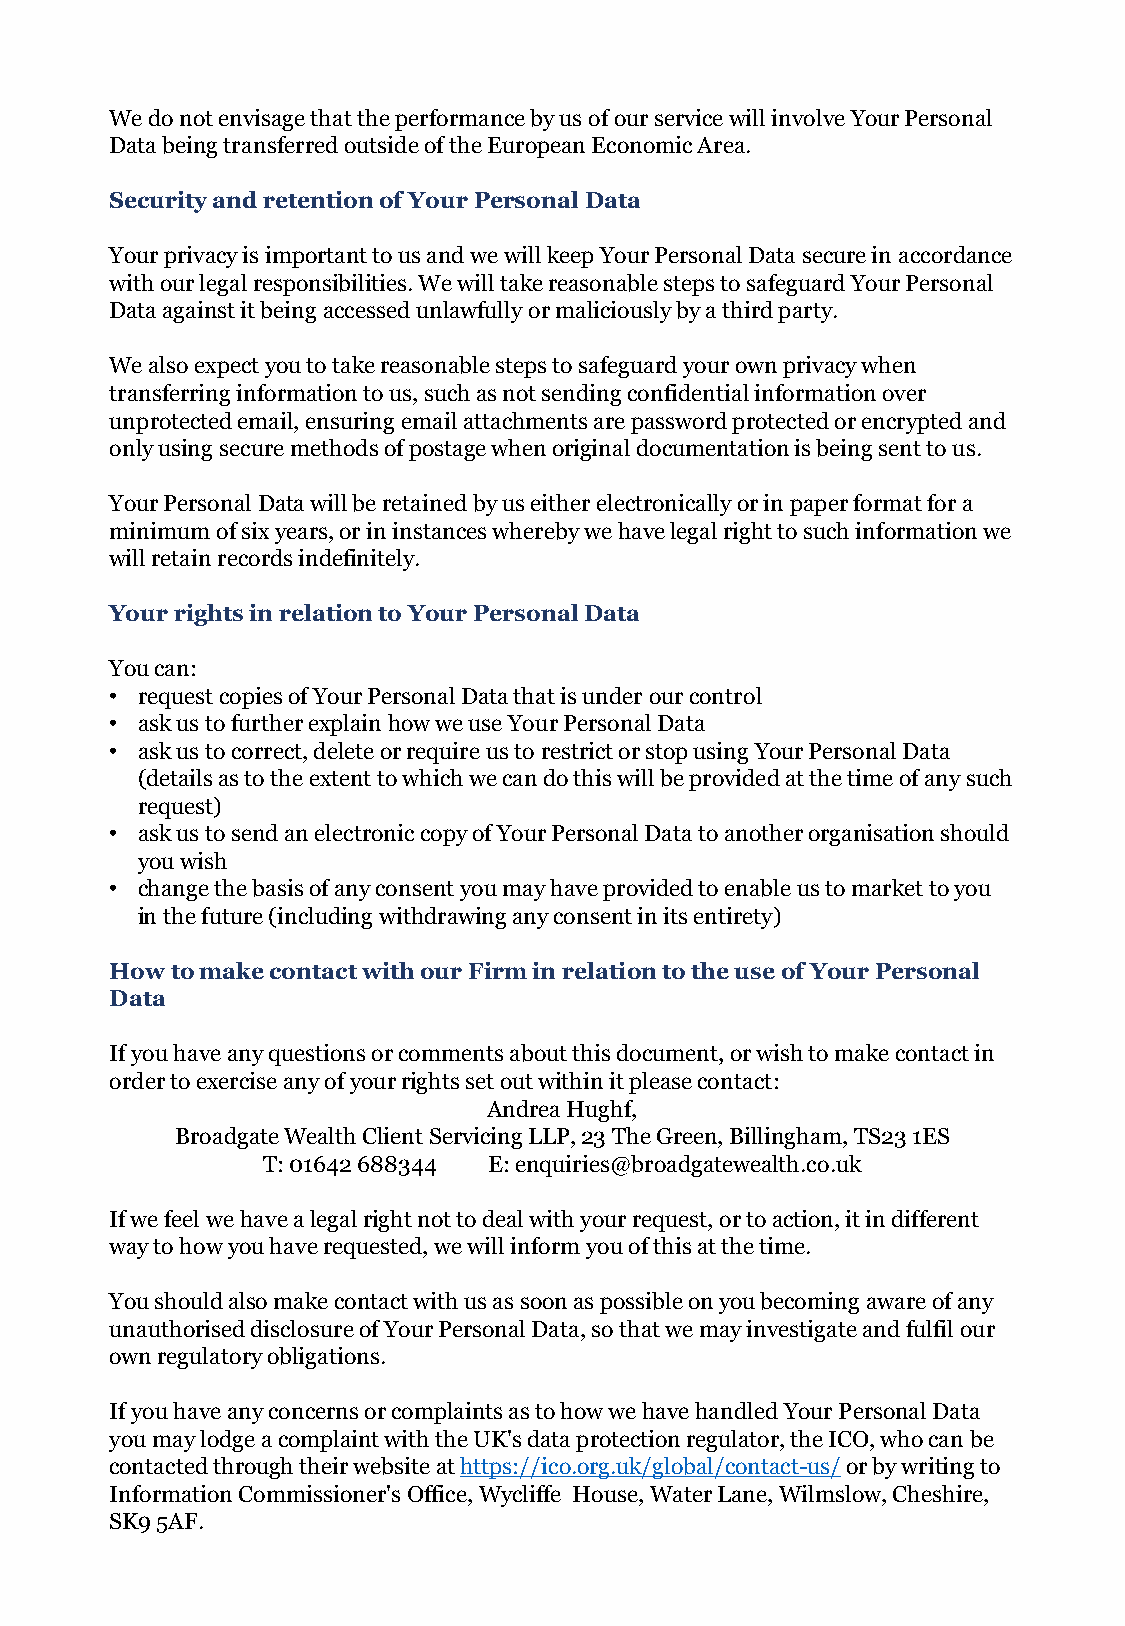
We do not envisage that the performance by us of our service will involve Your Personal
 Data being transferred outside of the European Economic Area.
 Security and retention of Your Personal Data
 Your privacy is important to us and we will keep Your Personal Data secure in accordance
 with our legal responsibilities. We will take reasonable steps to safeguard Your Personal
 Data against it being accessed unlawfully or maliciously by a third party.
 We also expect you to take reasonable steps to safeguard your own privacy when
 transferring information to us, such as not sending confidential information over
 unprotected email, ensuring email attachments are password protected or encrypted and
 only using secure methods of postage when original documentation is being sent to us.
 Your Personal Data will be retained by us either electronically or in paper format for a
 minimum of six years, or in instances whereby we have legal right to such information we
 will retain records indefinitely.
 Your rights in relation to Your Personal Data
 You can:
 • request copies of Your Personal Data that is under our control
 • ask us to further explain how we use Your Personal Data
 • ask us to correct, delete or require us to restrict or stop using Your Personal Data
 (details as to the extent to which we can do this will be provided at the time of any such
 request)
 • ask us to send an electronic copy of Your Personal Data to another organisation should
 you wish
 • change the basis of any consent you may have provided to enable us to market to you
 in the future (including withdrawing any consent in its entirety)
 How to make contact with our Firm in relation to the use of Your Personal
 Data
 If you have any questions or comments about this document, or wish to make contact in
 order to exercise any of your rights set out within it please contact:
 Andrea Hughf,
 Broadgate Wealth Client Servicing LLP, 23 The Green, Billingham, TS23 1ES
 T: 01642 688344 E: enquiries@broadgatewealth.co.uk
 If we feel we have a legal right not to deal with your request, or to action, it in different
 way to how you have requested, we will inform you of this at the time.
 You should also make contact with us as soon as possible on you becoming aware of any
 unauthorised disclosure of Your Personal Data, so that we may investigate and fulfil our
 own regulatory obligations.
 If you have any concerns or complaints as to how we have handled Your Personal Data
 you may lodge a complaint with the UK's data protection regulator, the ICO, who can be
 contacted through their website at https://ico.org.uk/global/contact-us/or by writing to
 Information Commissioner's Office, Wycliffe House, Water Lane, Wilmslow, Cheshire,
 SK9 5AF.